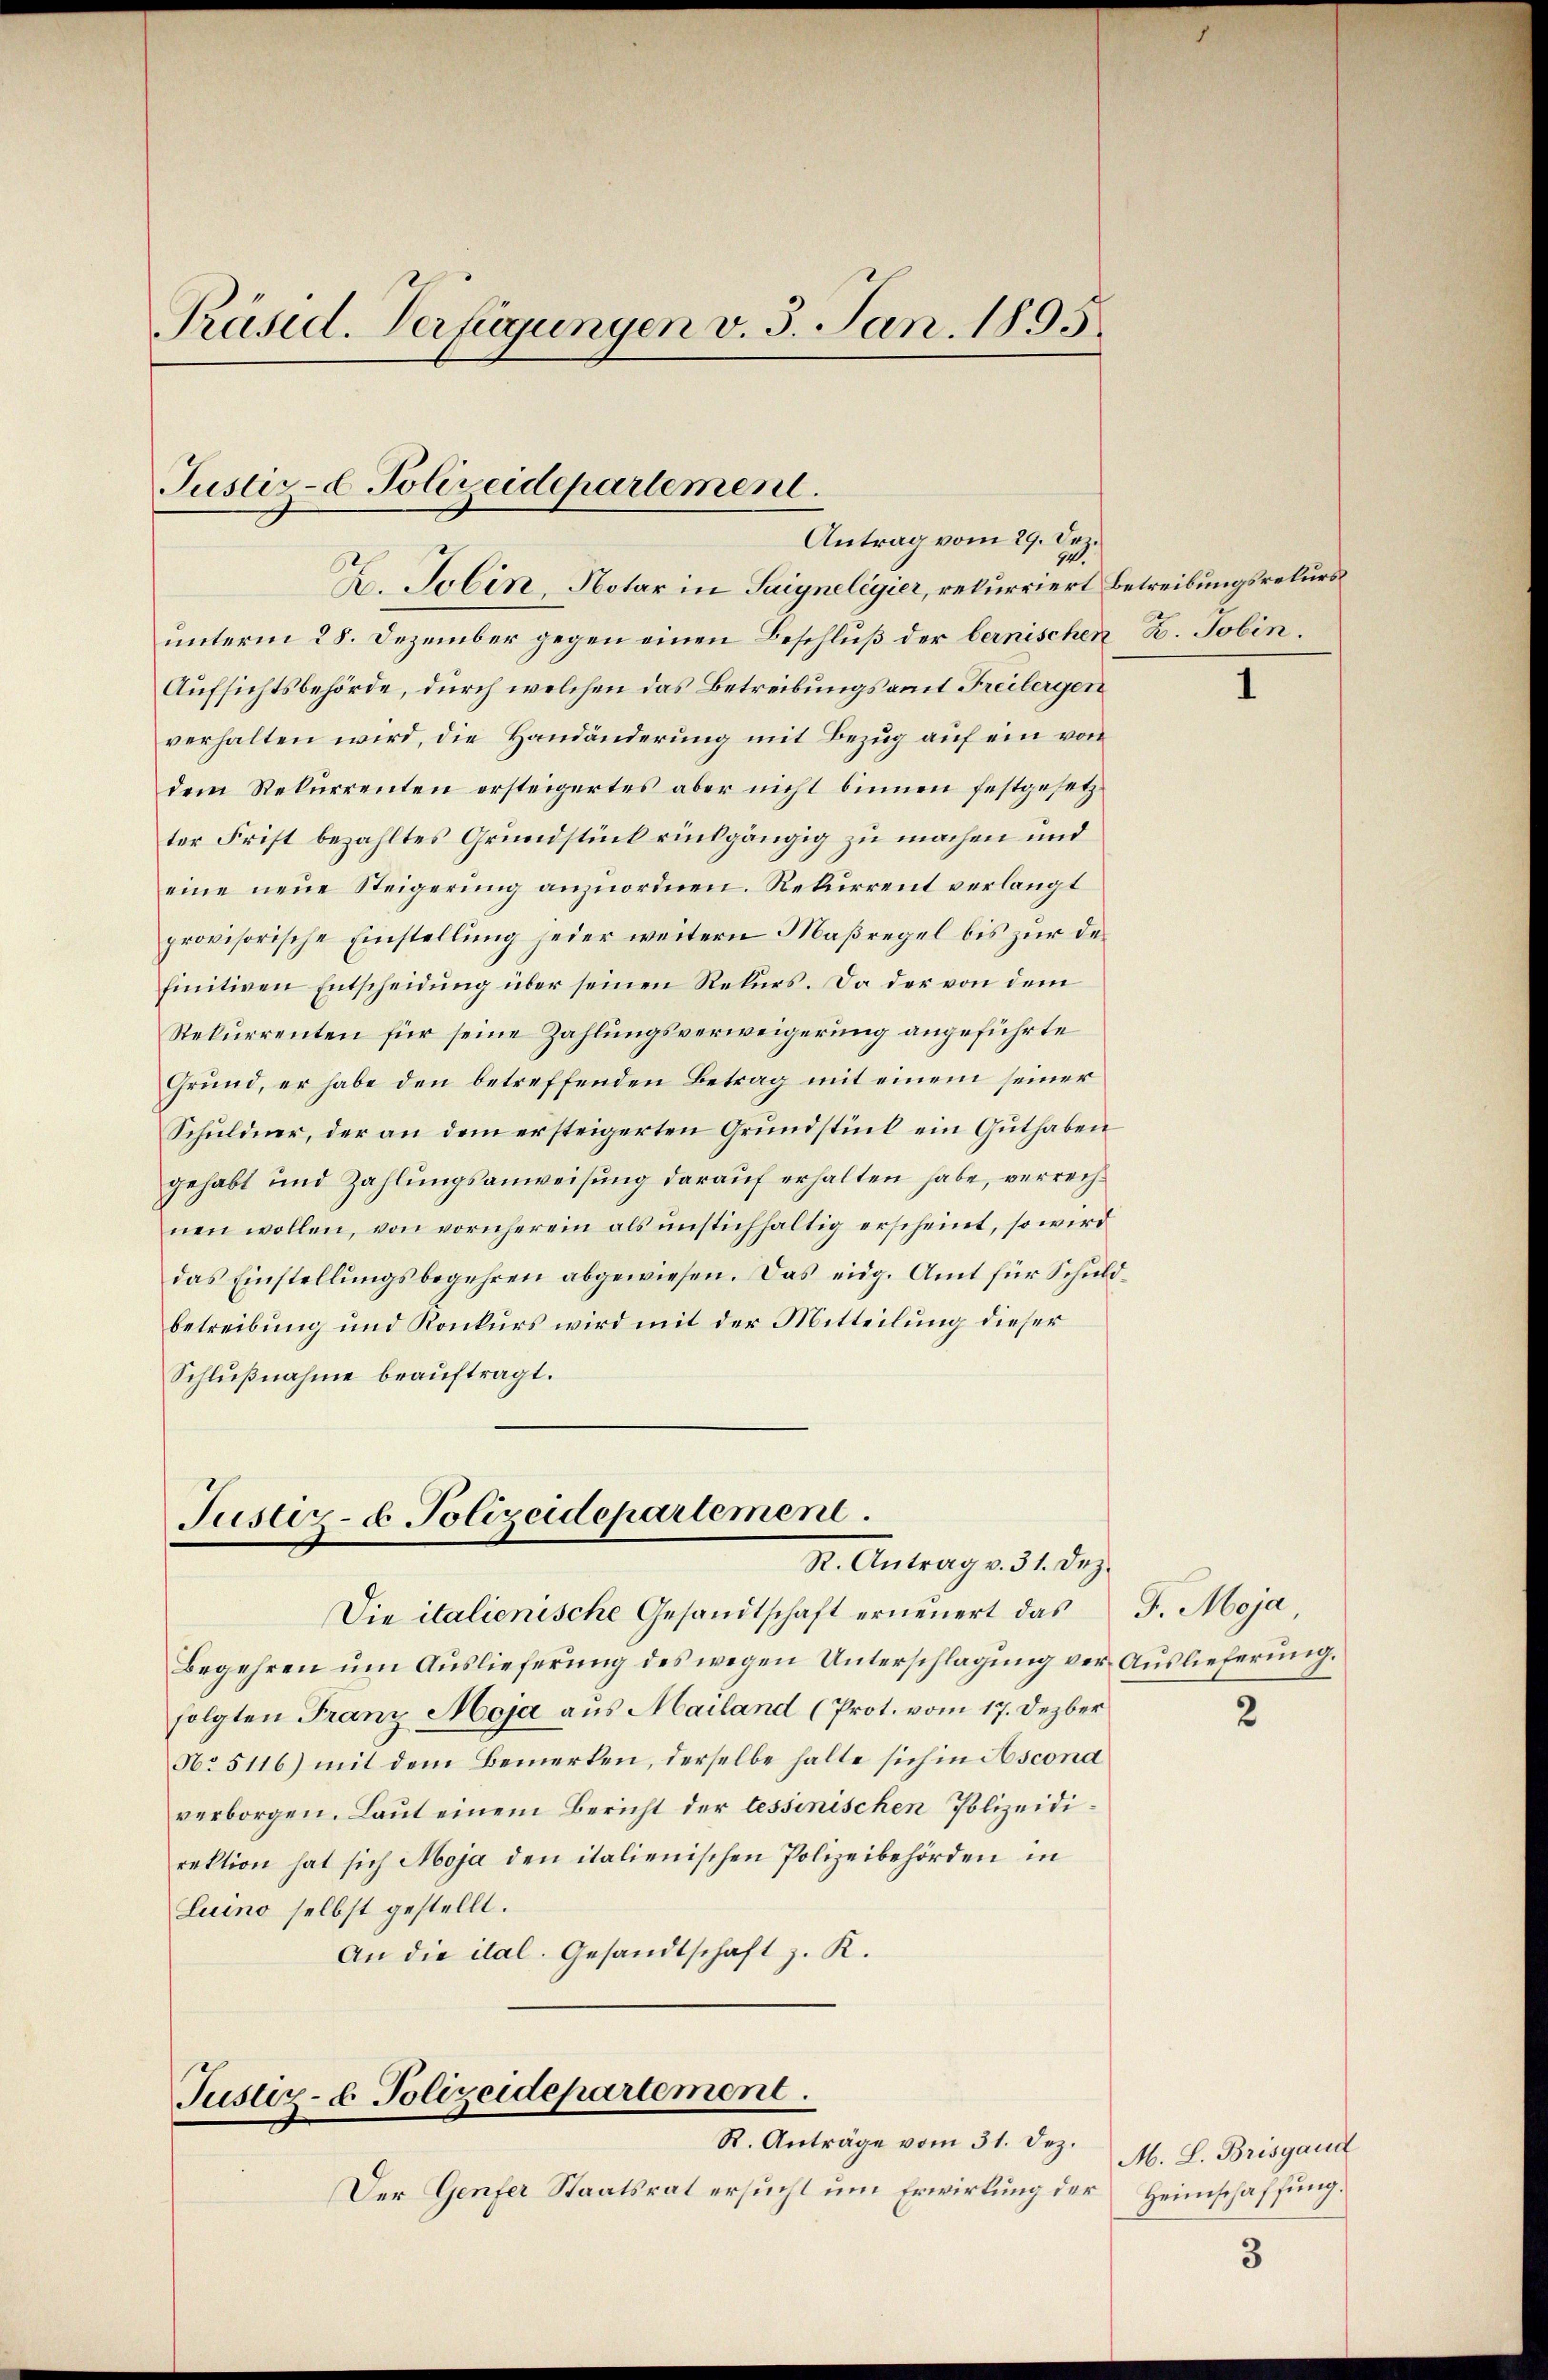
Präsid. Verfügungen v. 3. Jan. 1895.

Justiz- & Polizeidepartement.
Antrag vom 29. Dez.
94.
A. Jolin, Notar in Suiynelegier, rekurriert Betreibungsrekurs

unterm 28. Dezember gegen einen Beschluß der bernischen K. Tobin¬
Aufsichtsbehörde, durch welchen das Betreibungsamt Freibergen
verhalten wird, die Handänderung mit Bezug auf ein von
dem Rekurrenten ersteigertes aber nicht binnen festgesetzter Frist bezahltes Grundstück rückgängig zu machen und
eine neue Steigerung anzuordnen. Rekurrent verlangt
provisorische Einstellung jeder weitern Maßregel bis zur des
finitiven Entscheidung über seinen Rekurs. Da der von dem
Rekurrenten für seine Zahlungsverweigerung angeführte
Grund, er habe den betreffenden Betrag mit einem seiner
Schuldner, der an dem ersteigerten Grundstück ein Guthaben
gehabt und Zahlungsanweisung darauf erhalten habe, verrechnen wollen, von vornherein als unstichhaltig erscheint, so wird
das Einstellŭngsbegehren abgewiesen. Das eidg. Amt für Schŭld-
betreibung und Konkurs wird mit der Mitteilung dieser
Schlußnahme beauftragt.

Justiz- & Polizeidepartement.
R. Antrag v. 31. Dez.

Begehren ŭm Aŭslieferŭng des wegen Unterschlagung ver Auslieferŭng.
folgten Franz Moja aus Mailand (Prot. vom 17. Dezber
No 5116) mit dem Bemerken, derselbe halte sich in Ascona
verborgen. Laut einem Bericht der lessinischen Polizeidirektion hat sich Moja den italienischen Polizeibehörden in
Luino selbst gestellt.
An die ital. Gesandtschaft z. K.

Justiz- & Polizeidepartement.

Die italienische Gesandtschaft erneuert das

R. Anträge vom 31. Dez.
Der Genfer Staatsrat ersucht um Erwirkung der Heimschaffung.

J. Moja,

2

M. L. Brisgaud

3